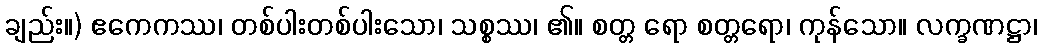
ချည်း။) ဧကေကဿ၊ တစ်ပါးတစ်ပါးသော၊ သစ္စဿ၊ ၏။ စတ္တ ရော စတ္တရော၊ ကုန်သော။ လက္ခဏဋ္ဌာ၊